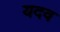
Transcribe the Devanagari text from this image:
यदव